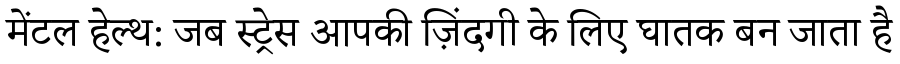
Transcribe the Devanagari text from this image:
मेंटल हेल्थ: जब स्ट्रेस आपकी ज़िंदगी के लिए घातक बन जाता है